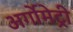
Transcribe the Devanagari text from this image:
अर्गोमेट्री